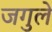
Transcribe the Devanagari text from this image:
जगुले